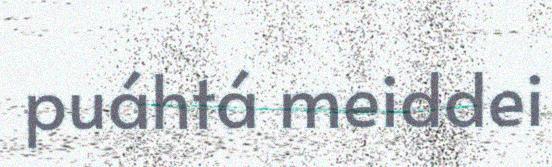
puáhtá meiddei